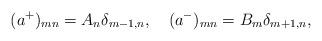
LaTeX: \begin{align*}(a^+)_{mn}=A_n\delta_{m-1,n},\quad(a^-)_{mn}=B_m\delta_{m+1,n},\end{align*}